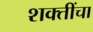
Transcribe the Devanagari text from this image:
शक्‍तींचा